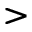
>